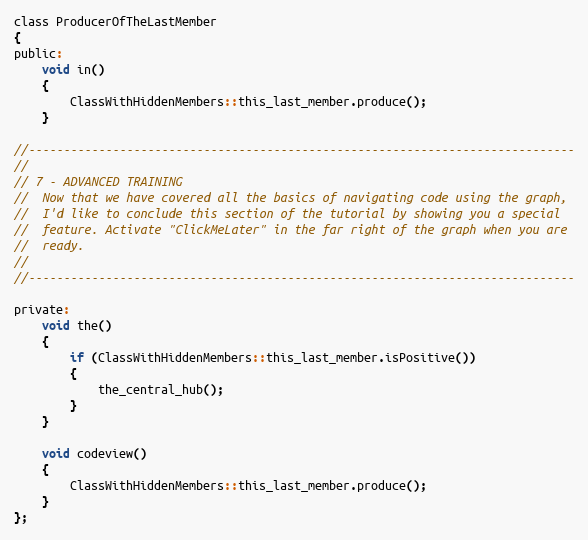
Language: C
class ProducerOfTheLastMember
{
public:
	void in()
	{
		ClassWithHiddenMembers::this_last_member.produce();
	}

//------------------------------------------------------------------------------
//
// 7 - ADVANCED TRAINING
//  Now that we have covered all the basics of navigating code using the graph,
//  I'd like to conclude this section of the tutorial by showing you a special
//  feature. Activate "ClickMeLater" in the far right of the graph when you are
//  ready.
//
//------------------------------------------------------------------------------

private:
	void the()
	{
		if (ClassWithHiddenMembers::this_last_member.isPositive())
		{
			the_central_hub();
		}
	}

	void codeview()
	{
		ClassWithHiddenMembers::this_last_member.produce();
	}
};